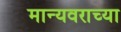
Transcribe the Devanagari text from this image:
मान्यवराच्या